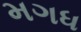
મગધ